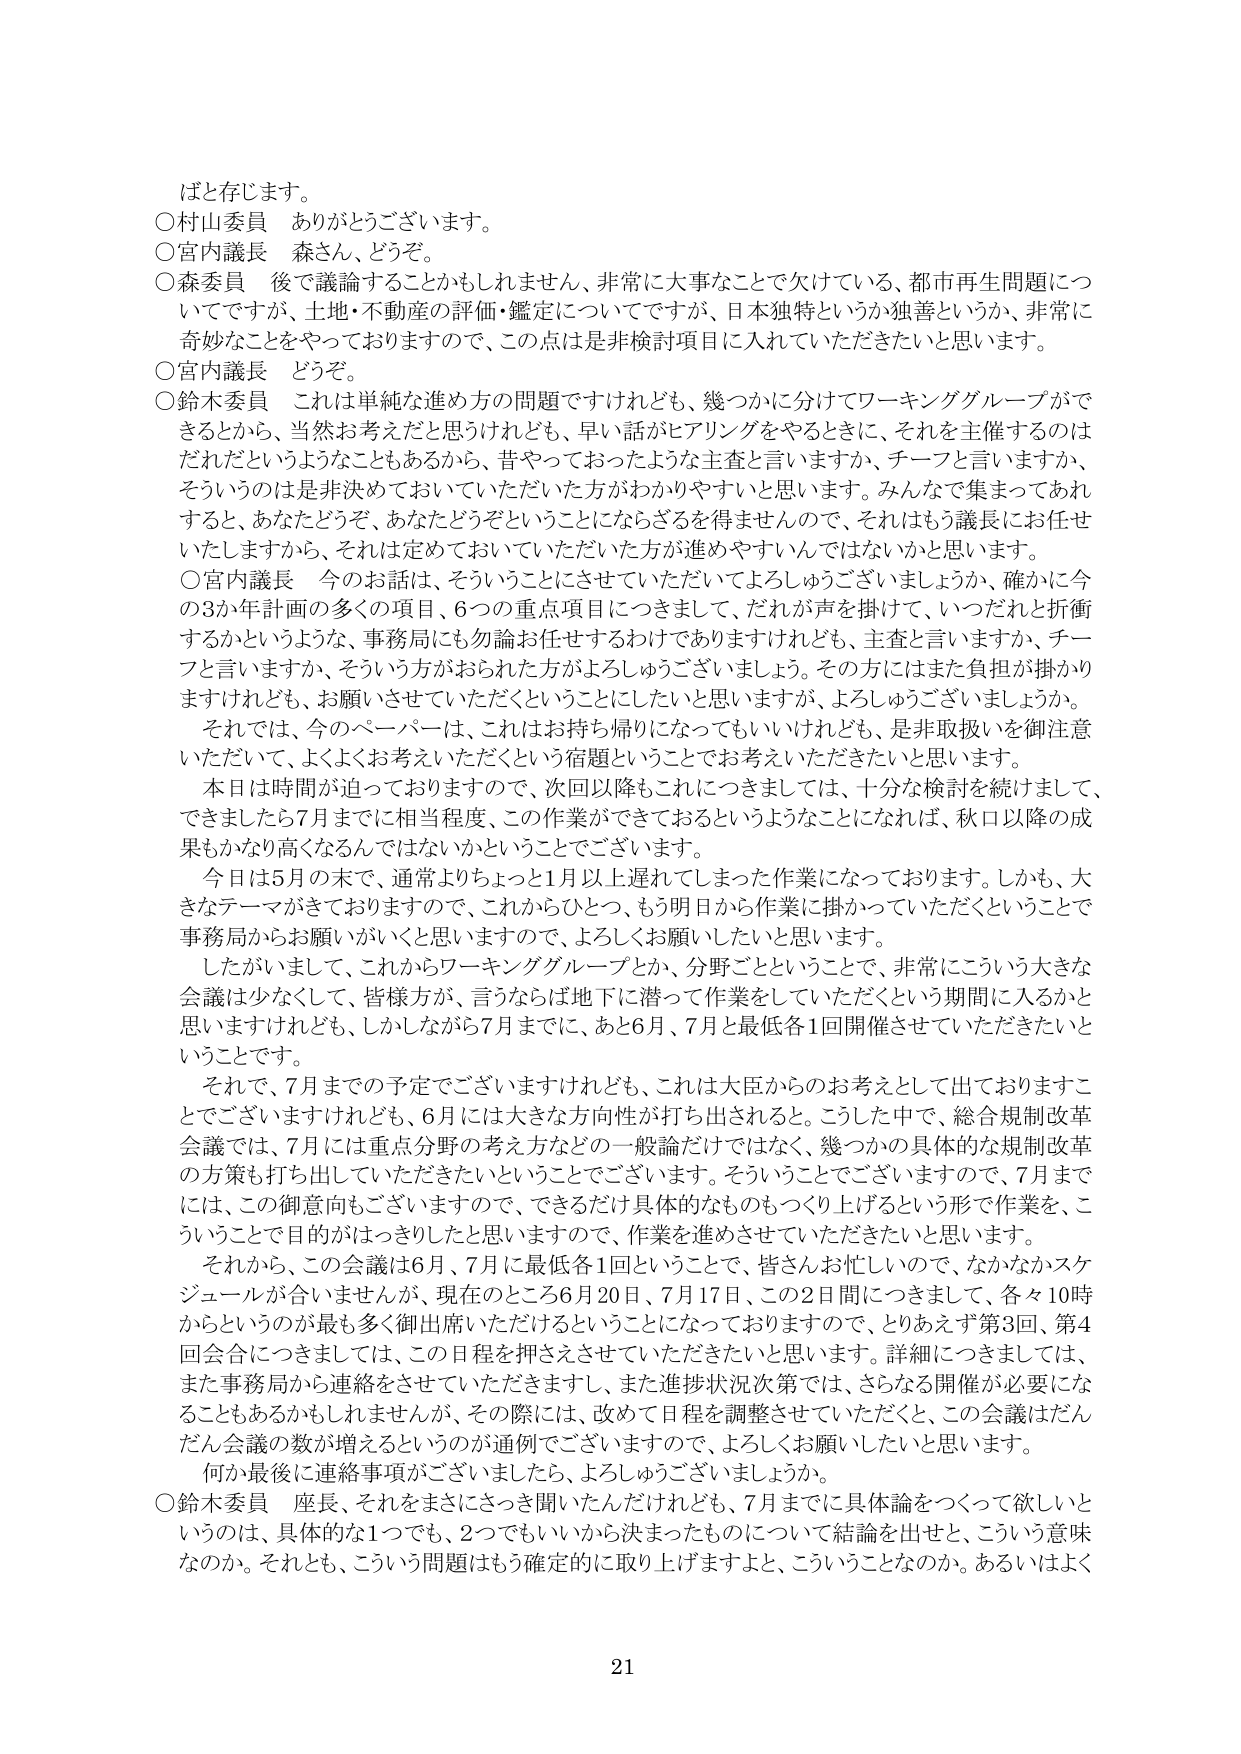
ばと存じます。

○村山委員　ありがとうございます。
○宮内議長　森さん、どうぞ。
○森委員　後で議論するかもしれませんが、非常に大事なことで欠けている、都市再生問題についてですが、土地・不動産の評価・鑑定についてですが、日本独特というか独善というか、非常に奇妙なことをやっておりますので、この点は非検討項目に入れていただきたいと思います。
○宮内議長　どうぞ。
○鈴木委員　これは単純な進め方の問題ですけれども、幾つかに分けてワーキンググループができるとか、当然お考えだと思うけれども、早い話がヒアリングをやるときに、それを主催するのはだれだというようなこともあるから、昔やっておったような主査と言いますか、チーフと言いますか、そういうのは是非決めておいていただいた方がわかりやすいと思います。みんなで集まってあれすると、あなたどうぞ、あなたどうぞということにならざるを得ませんので、それはもう議長にお任せいたしますから、それは定めておいていただいた方が進めやすいんじゃないかと思います。
○宮内議長　今のお話は、そういうことにさせていただいてよろしゅうございましょうか、確かに今の3か年計画の多くの項目、6つの重点項目につきまして、だれが声を掛けて、いつだれと折衝するかというような、事務局にも勿論お任せするわけでありますけれども、主査と言いますか、チーフと言いますか、そういう方がおられた方がよろしゅうございますよう。その方にはご負担が掛かりますけれども、お願いさせていただくことにしたいと思いますが、よろしゅうございましょうか。

それでは、今のペーパーは、これはお持ち帰りになってもいけれども、是非取扱いを御注意いただいて、よくよくお考えいただくという宿題ということでご考えいただきたいと思います。

本日は時間が迫っておりますので、次回以降もこれにつきましては、十分な検討を続けまして、できましたら7月までに相当程度、この作業ができておるということになれば、秋口以降の成果もかなり高くなるんじゃないかなということでございます。

今日は5月の末で、通常よりちょっと1月以上遅れてしまった作業になっております。しかも、大きなテーマがきておりますので、これからひとつ、もう明日から作業に掛かっていただくということで事務局からお願いがいくと思いますので、よろしくお願いしたいと思います。

したがいまして、これからワーキンググループとか、分野ごとということで、非常にこういう大きな会議は少なくして、皆様方が、言うならば地下に潜って作業をしていただくという期間に入るかと思いますけれども、しかしながら7月までに、あと6月、7月と最低各1回開催させていただきたいということです。

それでは、7月までの予定でございますけれども、これは大臣からのお考えとして出ておりますことでございますけれども、6月には大きな方向性が打ち出される。こうした中で、総合規制改革会議では、7月には重点分野の考え方など的一般論だけではなく、幾つかの具体的な規制改革の方策も打ち出していただきたいということでございます。そういうことでございますので、7月までには、この御意向もございますので、できるだけ具体的なものもつくり上げるという形で作業を、こういうことで目的がはっきりしたと思いますので、作業を進めさせていただきたいと思います。

それから、この会議は6月、7月に最低各1回ということで、皆さんお忙しいので、なかなかスケジュールが合いませんが、現在のところ6月20日、7月17日、この2日間につきまして、各々10時からというのが最も多く御出席いただけるということになっておりますので、とりあえず第3回、第4回会合につきましては、この日程を押さえさせていただきたいと思います。詳細につきましては、また事務局から連絡をさせていただきますし、また進捗状況次第では、さらなる開催が必要になることもあるかもしれませんが、その際には、改めて日程を調整させていただくと、この会議はだんだん会議の数が増えるというのが通例でございますので、よろしくお願いしたいと思います。

何か最後に連絡事項がございましたら、よろしゅうございましょうか。
○鈴木委員　座長、それをまさにさっき聞いたんだけども、7月までに具体論をつくって欲しいというのは、具体的な1つでも、2つでもいいから決まったものについて結論を出せと、こういう意味なのか。それとも、こういう問題はもう確定的に取り上げますよ、こういうことなのか。あるいはよく

21